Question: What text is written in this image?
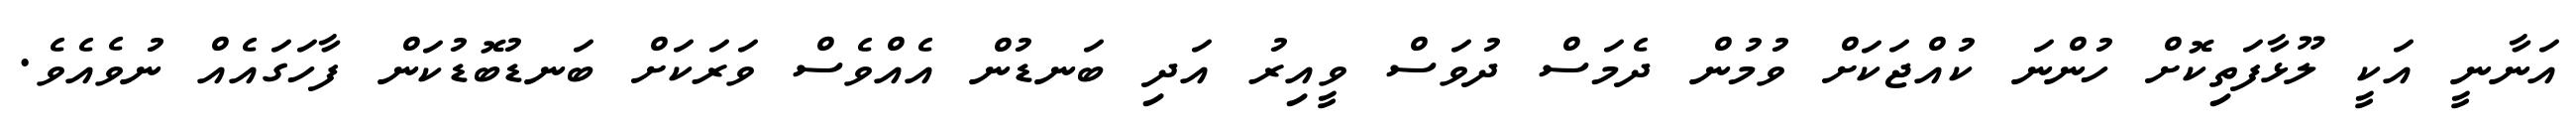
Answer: އަނާނީ އަކީ ލޫޅާފަތިކޮށް ހުންނަ ކުއްޖަކަށް ވުމުން ދެމަސް ދުވަސް ވީއިރު އަދި ބަނޑުން އެއްވެސް ވަރަކަށް ބަނޑުބޮޑުކަން ފާހަގައެއް ނުވެއެވެ.